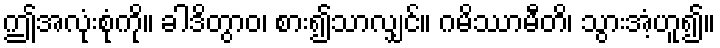
ဤအလုံးစုံကို။ ခါဒိတွာဝ၊ စား၍သာလျှင်။ ဂမိဿာမီတိ၊ သွားအံ့ဟူ၍။